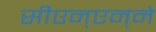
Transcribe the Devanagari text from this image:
सीएन्‌एन्‌ने